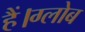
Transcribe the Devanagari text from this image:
हैं।ग्लोब